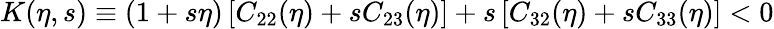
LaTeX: K(\eta,s)\equiv(1+s\eta)\left[C_{22}(\eta)+sC_{23}(\eta)\right]+s\left[C_{32}(\eta)+sC_{33}(\eta)\right]<0